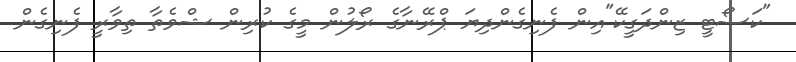
"ކަސޯޓީ ޒިންދަގީކޭ"އިން ފެނިގެންދިޔަ ޕްރޭނާގެ ރޯލުން މީގެ ކުރިން ޝްވެތާ ތިވާރީ ފެނިގެން